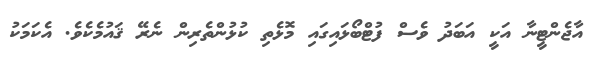
އާޖެންޓީނާ އަކީ އަބަދު ވެސް ފުޓްބޯޅައިގައި މޮޅެތި ކުޅުންތެރިން ނެރޭ ޤައުމެކެވެ. އެކަމަކު